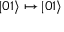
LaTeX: | 0 1 \rangle \mapsto | 0 1 \rangle